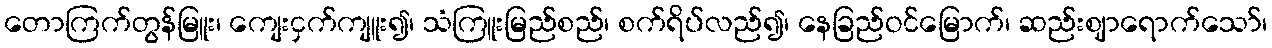
တောကြက်တွန်မြူး၊ ကျေးငှက်ကျူး၍၊ သံကြူးမြည်စည်၊ စက်ရိပ်လည်၍၊ နေခြည်ဝင်မြောက်၊ ဆည်းဈာရောက်သော်၊